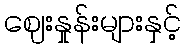
ဈေးနှုန်းများနှင့်